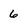
Character: 6